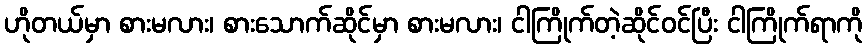
ဟိုတယ်မှာ စားမလား၊ စားသောက်ဆိုင်မှာ စားမလား၊ ငါကြိုက်တဲ့ဆိုင်ဝင်ပြီး ငါကြိုက်ရာကို